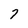
Character: 7